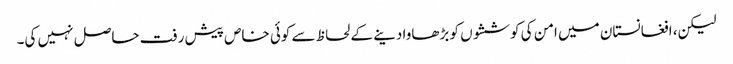
لیکن، افغانستان میں امن کی کوششوں کو بڑھاوا دینے کے لحاظ سے کوئی خاص پیش رفت حاصل نہیں کی۔